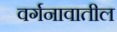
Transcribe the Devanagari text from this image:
वर्गनावातील